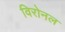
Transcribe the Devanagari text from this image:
विरोनल